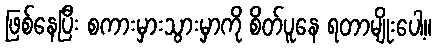
ဖြစ်နေပြီး စကားမှားသွားမှာကို စိတ်ပူနေ ရတာမျိုးပေါ့။